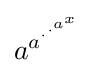
a^{a^{\cdot ^{\cdot ^{a^{x}}}}}